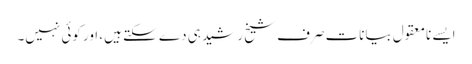
ایسے نامعقول بیانات صرف شیخ رشید ہی دے سکتے ہیں، اور کوئی نہیں۔